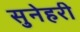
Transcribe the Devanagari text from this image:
सुनेहरी